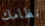
نظامك